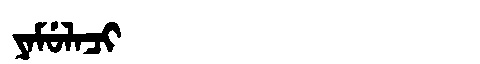
Manchu: ᠶᠠᠮᡠᠯᠠᠴᡳ
Romanization: YAMULACI